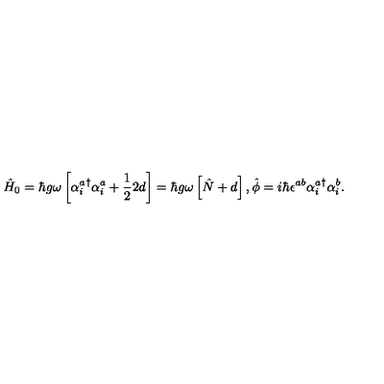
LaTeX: \hat { H } _ { 0 } = \hbar g \omega \left[ { \alpha _ { i } ^ { a } } ^ { \dagger } \alpha _ { i } ^ { a } + \frac { 1 } { 2 } 2 d \right] = \hbar g \omega \left[ \hat { N } + d \right] , \hat { \phi } = i \hbar \epsilon ^ { a b } { \alpha _ { i } ^ { a } } ^ { \dagger } \alpha _ { i } ^ { b } .